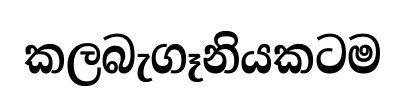
කලබැගෑනියකටම